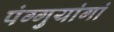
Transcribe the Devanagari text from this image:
पंग्गुयांगां